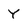
Character: Y